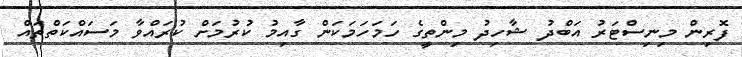
ފޮރިން މިނިސްޓަރު އަބްދު ޝާހިދު މިންތީގެ ހަމަހަމަކަން ގާއިމު ކުރުމަށް ކުރައްވާ މަސައްކަތްތައް